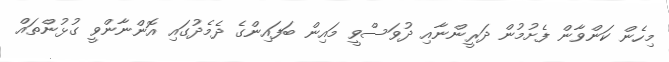
މިހެން ކަންވާން ފެށުމުން ދަރީންނާއި ދުވަސްވީ މައިން ބަފައިންގެ ދެމެދުގައި އޮންނާންވީ ގުޅުންތައް